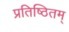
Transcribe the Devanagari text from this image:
प्रतिष्ठितम्